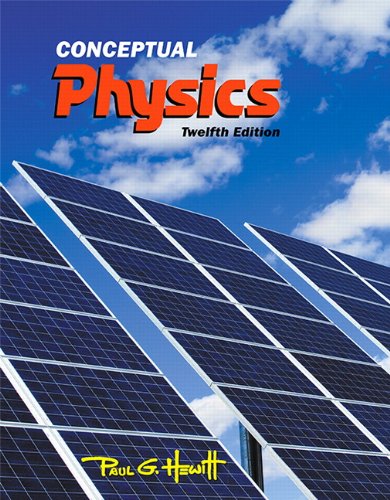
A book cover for Conceptual Physics (12th Edition); Paul G. Hewitt; Science & Math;